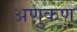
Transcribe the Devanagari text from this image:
अणुकण